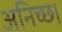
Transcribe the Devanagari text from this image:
अनिच्छ।